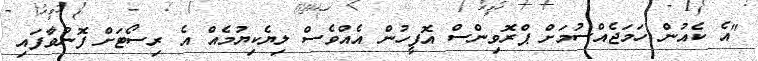
"އެ ކެއުން ހަމަޖެއްސުމަށް ޕްރޮވިންސް އޮފީހުން އެއްވެސް ލިޔެކިޔުމެއް އެ ރިސޯޓަށް ފޮނުވާފައި